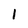
Character: 1